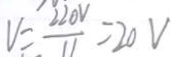
V = \frac { 2 2 0 V } { 1 1 } = 2 0 V